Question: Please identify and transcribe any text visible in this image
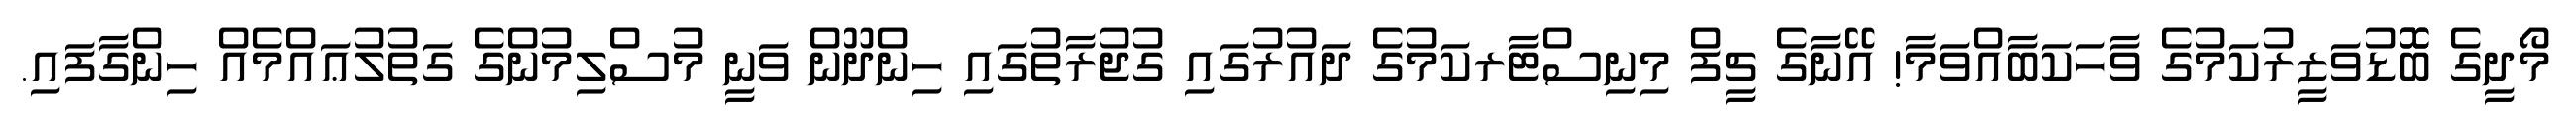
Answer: މޯދީގެ ބޮޮޑުވަޒީރުކަމުގެ ވާހަކަބާއްވަމާ! އޭނާގެ ޗީފް މިނިސްޓާރކަމުގެ ދައުރުގައި ގުޖުރާތުގައި ހިންދޫން ވަނީ މުސްލިމުންގެ ގަތުލުޢައްމެއް ހިންގާފައި.